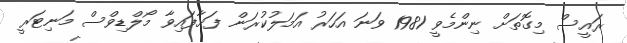
ރައީސް މިގޮތަށް ނިންމެވީ 1981 ވަނަ އަހަރު އަމަލުކުރަން ފަށާފައިވާ މޯލްޑިވްސް މަނިޓަރީ